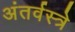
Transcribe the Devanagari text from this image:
अंतर्वस्त्रे